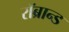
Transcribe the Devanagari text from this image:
रॉब्रान्ड